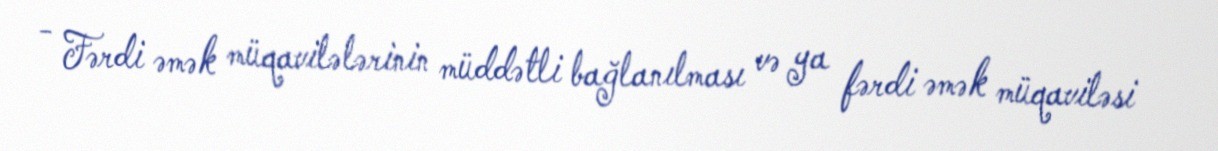
- Fərdi əmək müqavilələrinin müddətli bağlanılması və ya fərdi əmək müqaviləsi